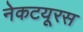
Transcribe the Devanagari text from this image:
नेकटयूरस